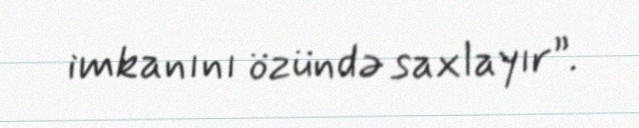
imkanını özündə saxlayır”.